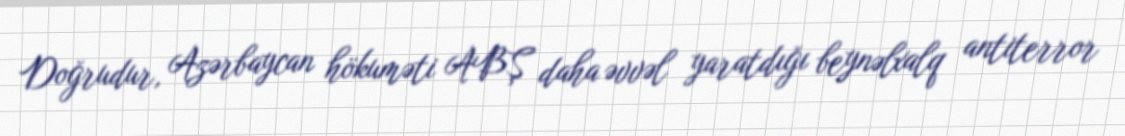
Doğrudur, Azərbaycan hökuməti ABŞ daha əvvəl yaratdığı beynəlxalq antiterror